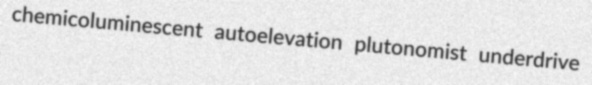
chemicoluminescent autoelevation plutonomist underdrive